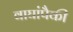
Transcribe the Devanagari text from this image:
वाघांपैकी